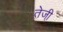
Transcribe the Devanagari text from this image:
तेजी़